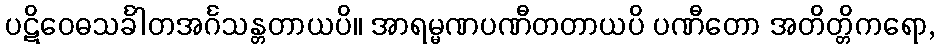
ပဋိဝေဓသင်္ခါတအင်္ဂသန္တတာယပိ။ အာရမ္မဏပဏီတတာယပိ ပဏီတော အတိတ္တိကရော,